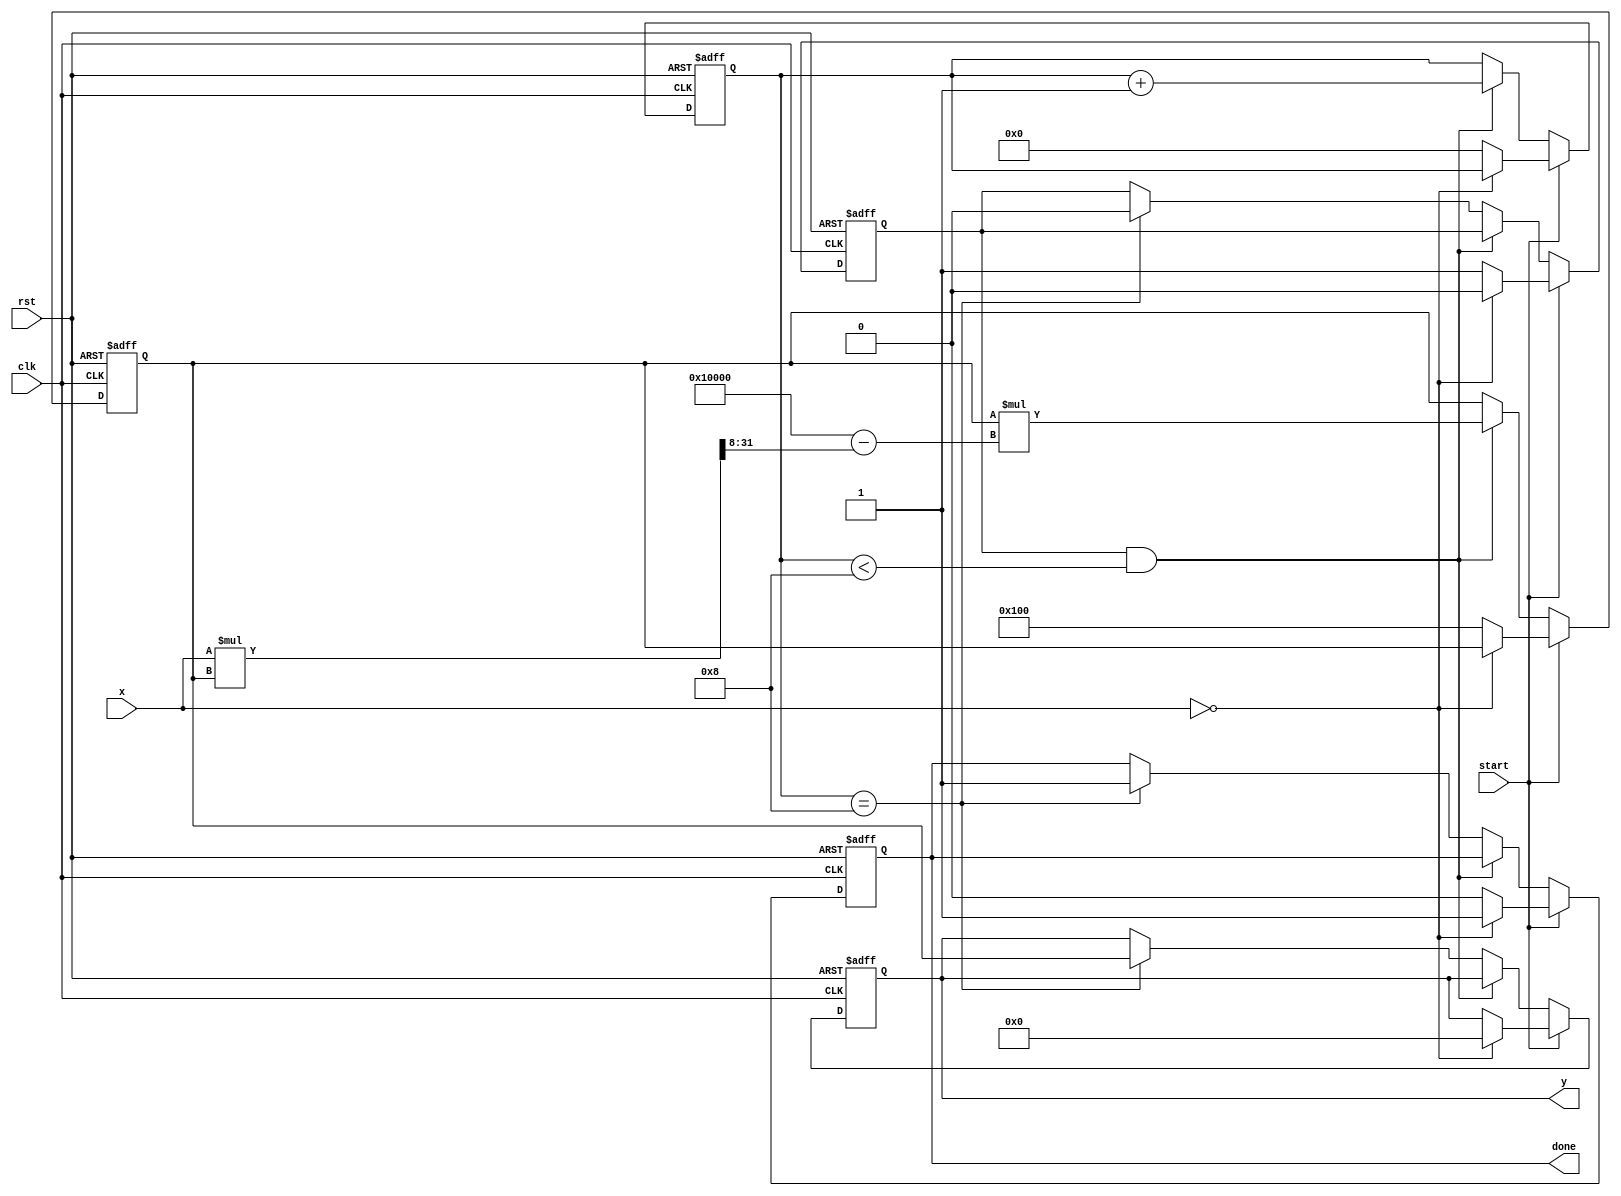
module fixed_point_reciprocal #(
    parameter N = 16,    // Total number of bits
    parameter M = 8,     // Integer bits
    parameter K = 8      // Fractional bits
)(
    input wire clk,
    input wire rst,
    input wire start,
    input wire signed [N-1:0] x, // Input fixed-point number (Qm.n)
    output reg signed [N-1:0] y,  // Output fixed-point number (Qm.n)
    output reg done               // Signal to indicate completion
);

    // Constants
    localparam MAX_ITERATIONS = 8; // Maximum number of iterations for Newton-Raphson
    localparam [N-1:0] ZERO = 0;    // Zero constant
    
    // Internal signals
    reg signed [N-1:0] estimate;    // Current estimate of the reciprocal
    reg [3:0] iteration;             // Iteration counter
    reg valid;                       // Valid signal for input

    // Control logic
    always @(posedge clk or posedge rst) begin
        if (rst) begin
            y <= 0;
            done <= 0;
            estimate <= 0;
            iteration <= 0;
            valid <= 0;
        end else if (start) begin
            // Check for zero input
            if (x == ZERO) begin
                y <= 0; // Define output for zero input
                done <= 1;
                valid <= 0;
            end else begin
                // Initialize variables for Newton-Raphson
                estimate <= (1 << K); // Initial guess: 1.0 in Qm.n
                iteration <= 0;
                valid <= 1;
                done <= 0;
            end
        end else if (valid && (iteration < MAX_ITERATIONS)) begin
            // Newton-Raphson iteration: estimate = estimate * (2 - x * estimate)
            estimate <= estimate * ((1 << N) - (x * estimate >> K)); // Fixed-point multiplication
            iteration <= iteration + 1;
        end else if (iteration == MAX_ITERATIONS) begin
            // Final output
            y <= estimate;
            done <= 1;
            valid <= 0;
        end
    end

endmodule